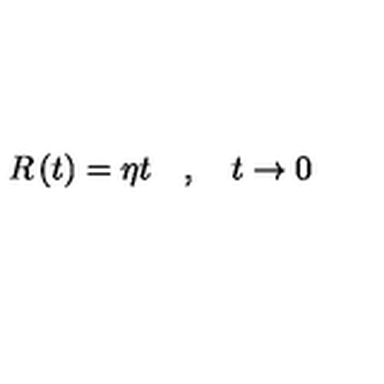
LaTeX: R \left( t \right) = \eta t \quad , \quad t \rightarrow 0